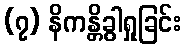
(၇) နိကန္တိခွါရှုခြင်း